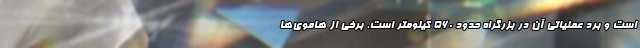
است و برد عملیاتی آن در بزرگراه حدود 560 کیلومتر است. برخی از هاموی‌ها